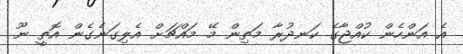
އެ އަންހެން ކުއްޖާގެ ކަނދުރާ މަތިން މޭ މައްޗަށް އެލިގަނެގެން އޮތީ ނޫ